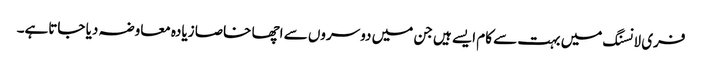
فری لانسنگ میں بہت سے کام ایسے ہیں جن میں دوسروں سے اچھا خاصا زیادہ معاوضہ دیا جاتاہے۔